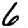
Digit: 6